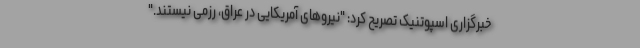
خبرگزاری اسپوتنیک تصریح کرد: "نیروهای آمریکایی در عراق، رزمی نیستند."